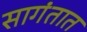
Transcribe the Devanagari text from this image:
सागंतात